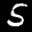
Label: 5